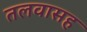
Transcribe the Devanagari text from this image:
तलवासह